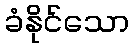
ခံနိုင်သော